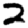
Digit: 2